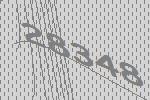
28348